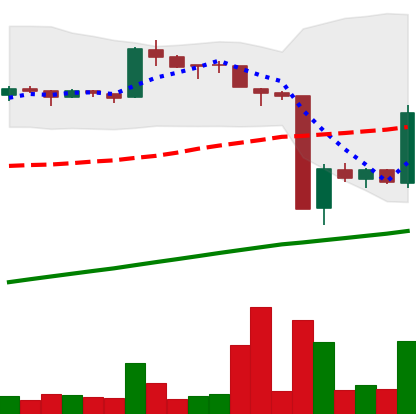
Ticker: BTC-USD
Chart end date: 2016-01-20
Forward return: -6.783%
Label: down_5_7